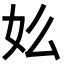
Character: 𡚸